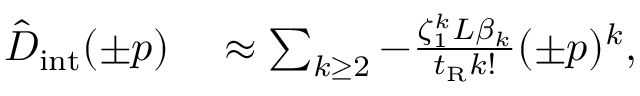
\begin{array} { r l } { \hat { D } _ { \mathrm { i n t } } ( \pm p ) } & { { } \approx \sum _ { k \geq 2 } - \frac { \zeta _ { 1 } ^ { k } L \beta _ { k } } { t _ { \mathrm { R } } k ! } ( \pm p ) ^ { k } , } \end{array}